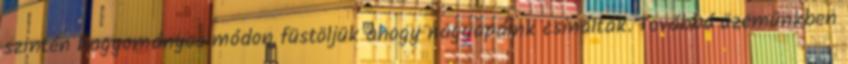
szintén hagyományos módon füstöljük ahogy nagyapáink csinálták. Továbbá üzemünkben